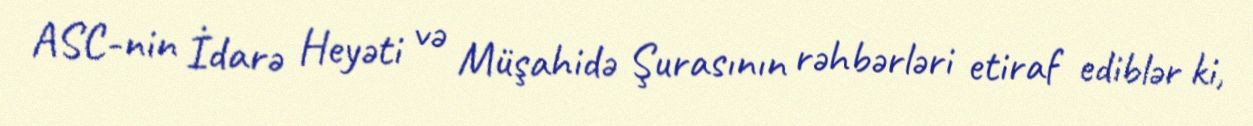
ASC-nin İdarə Heyəti və Müşahidə Şurasının rəhbərləri etiraf ediblər ki,